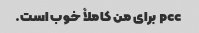
pcc برای من کاملاً خوب است.